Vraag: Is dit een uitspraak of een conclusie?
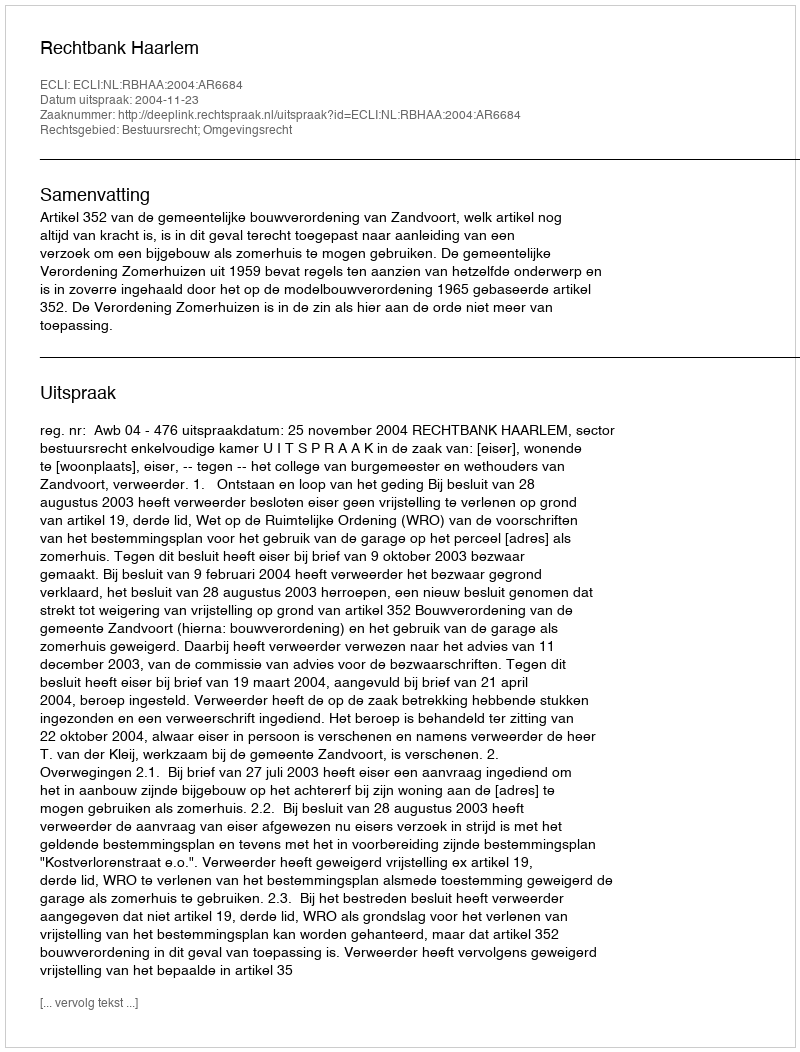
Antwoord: Uitspraak